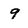
Character: 9